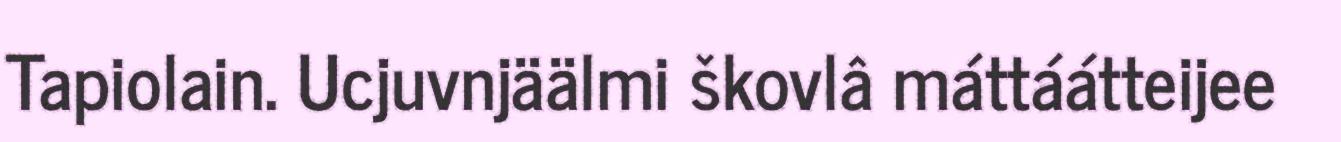
Tapiolain. Ucjuvnjäälmi škovlâ máttáátteijee